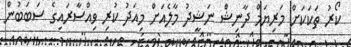
ކޯރު ތަކަކަށް މަރިޔަމް ދާނިޝް ނަޝީދު މާލެއަށް މިއަދު ކުރި ވިއްސާރައިގެ ސަބަބުން